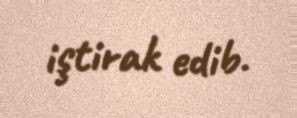
iştirak edib.